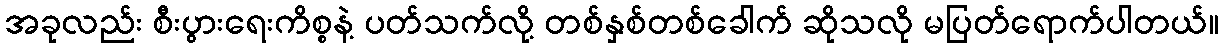
အခုလည်း စီးပွားရေးကိစ္စနဲ့ ပတ်သက်လို့ တစ်နှစ်တစ်ခေါက် ဆိုသလို မပြတ်ရောက်ပါတယ်။